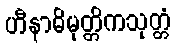
ဟီနာဓိမုတ္တိကသုတ္တံ